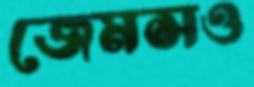
জেমসও